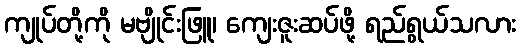
ကျုပ်တို့ကို မဗျိုင်းဖြူ၊ ကျေးဇူးဆပ်ဖို့ ရည်ရွယ်သလား